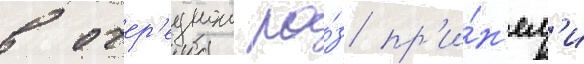
в очер'еднои ра́з пр'и́н'ял'и